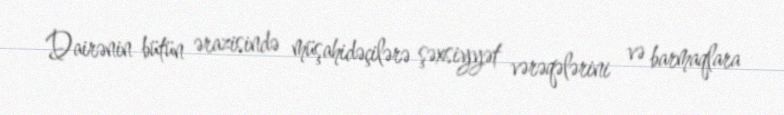
Dairənin bütün ərazisində müşahidəçilərə şəxsiyyət vərəqələrini və barmaqlara